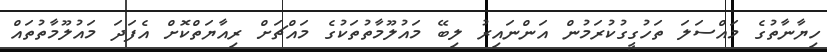
ހިޔާނާތުގެ މައްސަލަ ތަހުގީގުކުރަމުން އަންނައިރު ލިބޭ މައުލޫމާތުތަކުގެ މައްޗަށް ރިއާޔަތްކޮށް އެފަދަ މައުލޫމާތުތައް